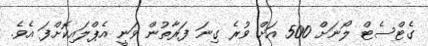
ގެޓްސެޓް ލޯނަށް 500 އަށް ވުރެ ގިނަ ފަރާތުން ވަނީ އެޕްލައިކޮށްފަ އެވެ.